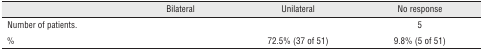
<table><thead><tr><td>[EMPTY_CELL]</td><td><b>Bilateral</b></td><td><b>Unilateral</b></td><td><b>No response</b></td></tr></thead><tbody><tr><td>Number of patients.</td><td>[EMPTY_CELL]</td><td>[EMPTY_CELL]</td><td>5</td></tr><tr><td>%</td><td>[EMPTY_CELL]</td><td>72.5% (37 of 51)</td><td>9.8% (5 of 51)</td></tr></tbody></table>